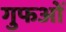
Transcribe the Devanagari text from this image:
गुफओं